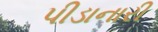
પીડાનારી